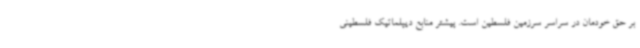
بر حق خودمان در سراسر سرزمین فلسطین است. پیشتر منابع دیپلماتیک فلسطینی